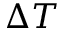
\Delta T